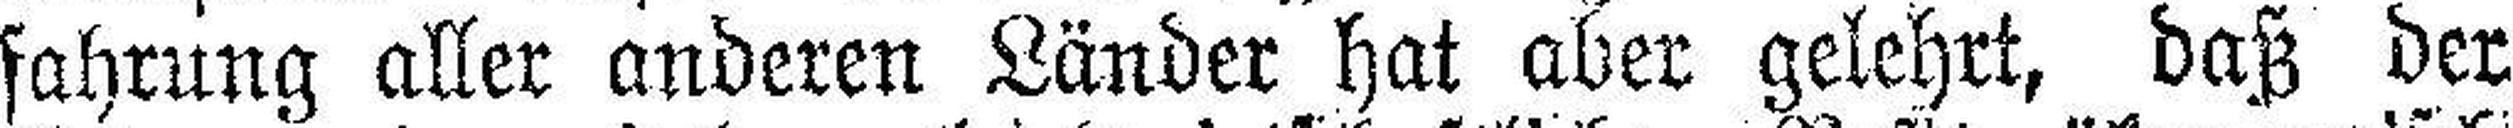
fahrung aller anderen Länder hat aber gelehrt, daß der